Proceedings of the meeting of veterinary officers in India
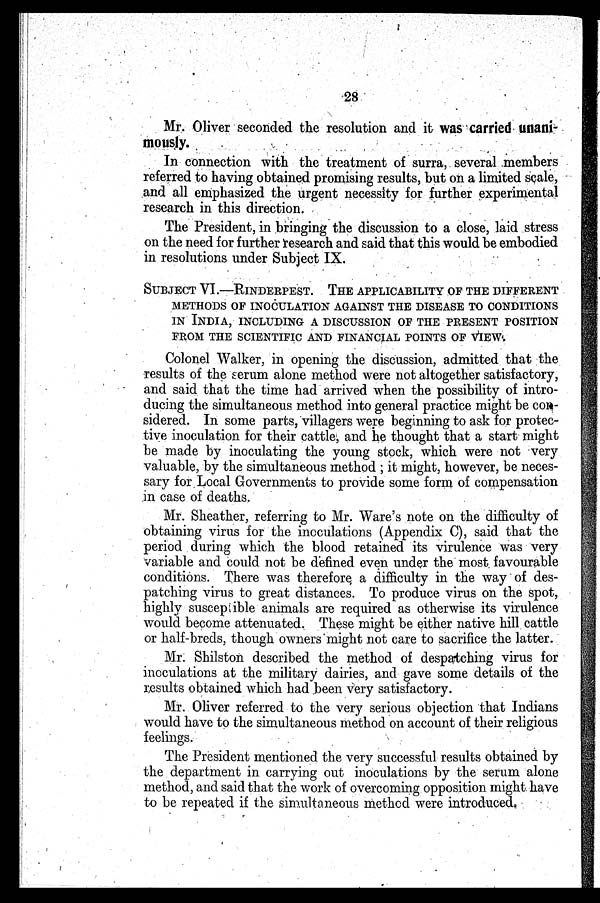
28
Mr. Oliver seconded the resolution and it was carried unani-
mously.
In connection with the treatment of surra, several members
referred to having obtained promising results, but on a limited scale,
and all emphasized the urgent necessity for further experimental
research in this direction.
The President, in bringing the discussion to a close, laid stress
on the need for further research and said that this would be embodied
in resolutions under Subject IX.
SUBJECT VI.—RINDERPEST. THE APPLICABILITY OF THE DIFFEREN
METHODS OF INOCULATION AGAINST THE DISEASE TO COND
IN INDIA, INCLUDING A DISCUSSION OF THE PRESENT POSITIO
FROM THE SCIENTIFIC AND FINANCIAL POINTS OF VIEW.
Colonel Walker, in opening the discussion, admitted that the
results of the serum alone method were not altogether satisfactory,
and said that the time had arrived when the possibility of intro-
ducing the simultaneous method into general practice might be con-
sidered. In some parts, villagers were beginning to ask for protec-
tive inoculation for their cattle, and he thought that a start might
be made by inoculating the young stock, which were not very
valuable, by the simultaneous method ; it might, however, be neces-
sary for Local Governments to provide some form of compensation
in case of deaths.
Mr. Sheather, referring to Mr. Ware's note on the difficulty of
obtaining virus for the incculations (Appendix C), said that the
period during which the blood retained its virulence was very
variable and could not be defined even under the most favourable
conditions. There was therefore a difficulty in the way of des-
patching virus to great distances. To produce virus on the spot,
highly susceptible animals are required as otherwise its virulence
would become attenuated. These might be either native hill cattle
or half-breds, though owners might not care to sacrifice the latter.
Mr. Shilston described the method of despatching virus for
inoculations at the military dairies, and gave some details of the
results obtained which had been very satisfactory.
Mr. Oliver referred to the very serious objection that Indians
would have to the simultaneous method on account of their religious
feelings.
The President mentioned the very successful results obtained by
the department in carrying out inoculations by the serum alone
method, and said that the work of overcoming opposition might have
to be repeated if the simultaneous method were introduced.